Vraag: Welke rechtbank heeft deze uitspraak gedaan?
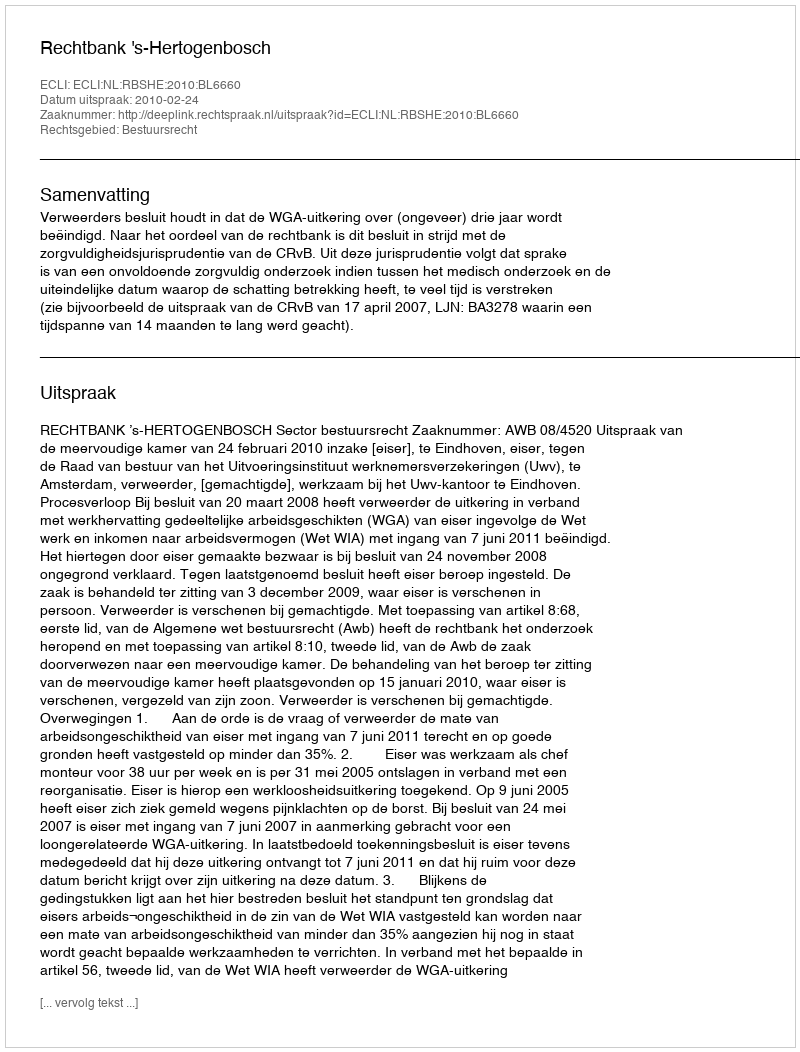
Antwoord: Rechtbank 's-Hertogenbosch